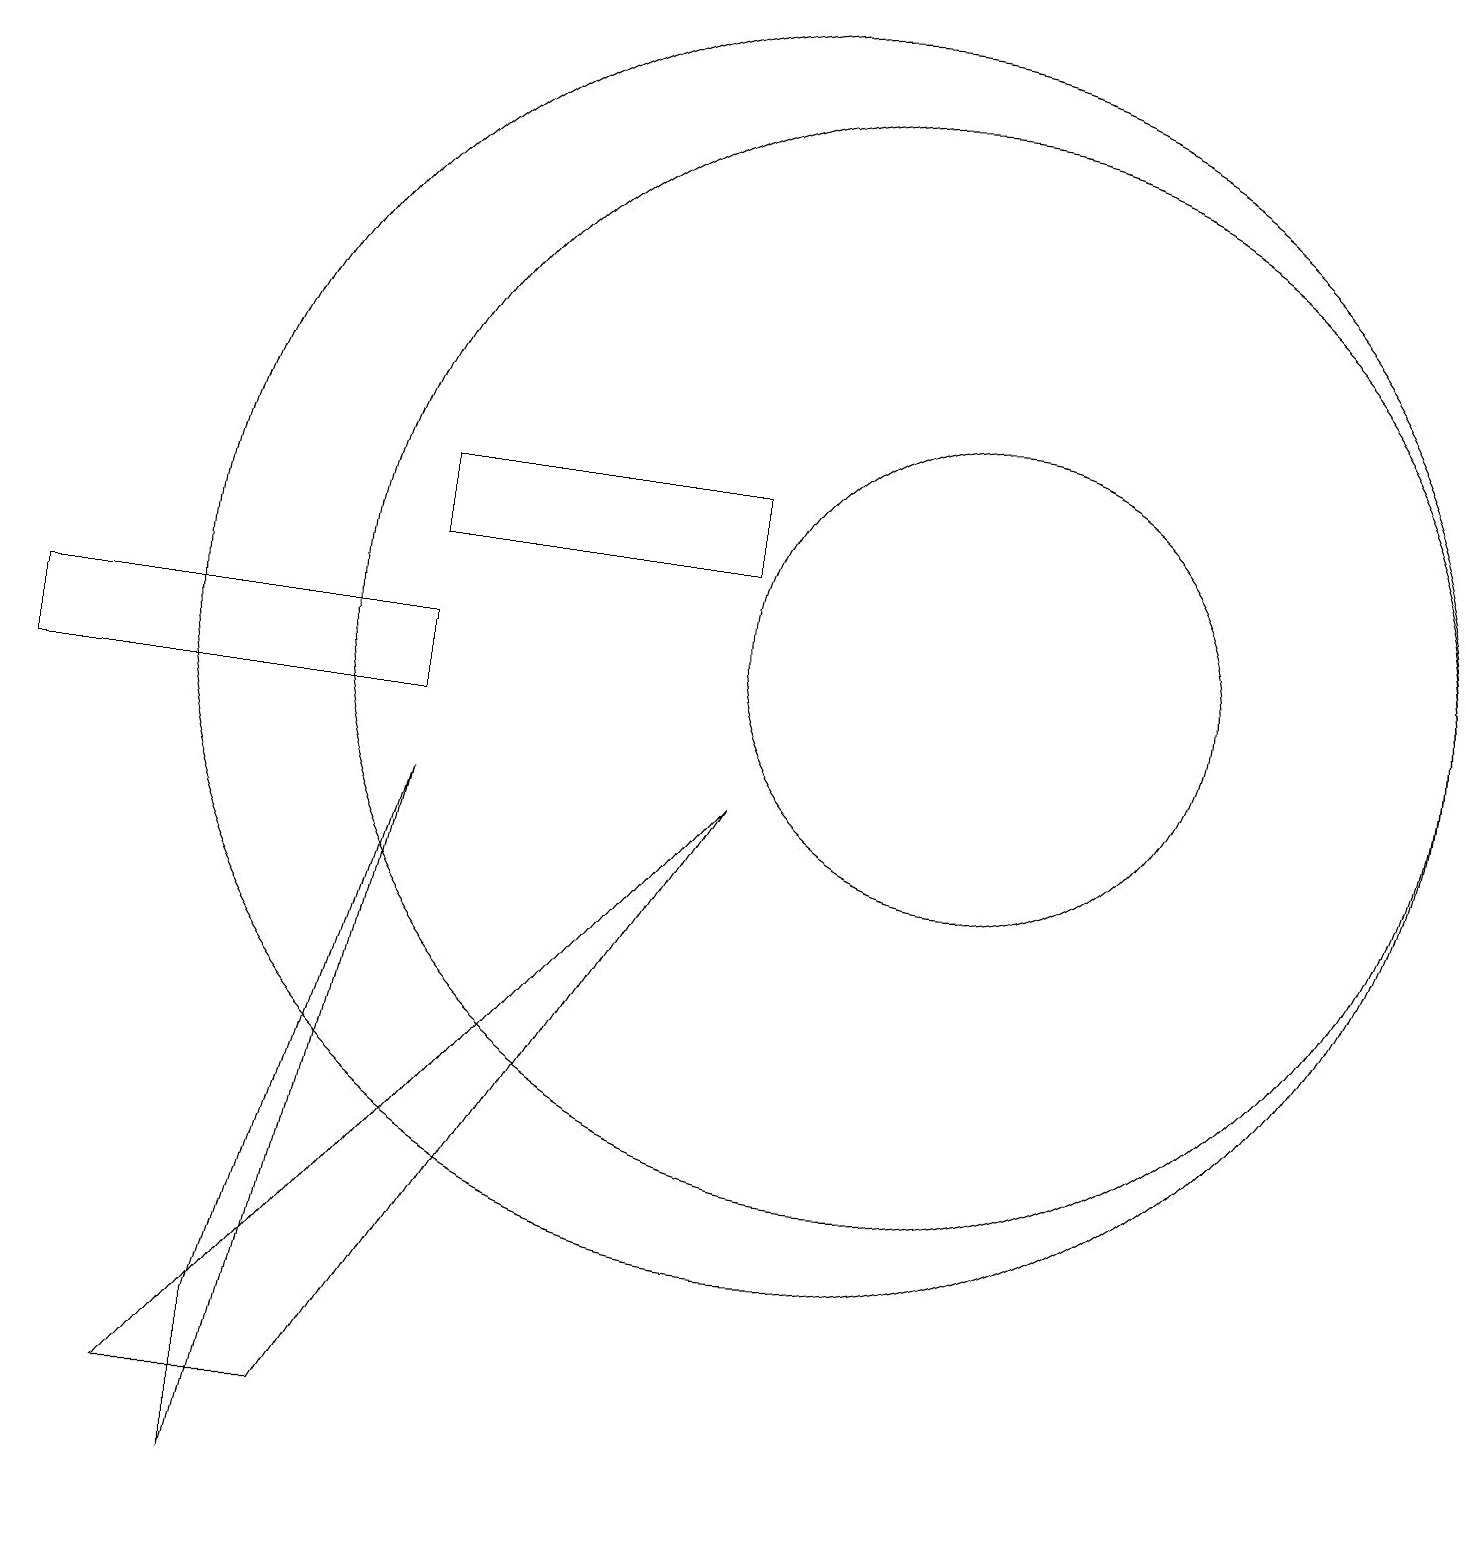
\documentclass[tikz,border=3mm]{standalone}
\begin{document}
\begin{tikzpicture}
\draw (12,11) circle (3);
\draw (5,9) -- (3,2) -- (3,0) -- cycle;
\draw (11,11) circle (7);
\draw (0,11) rectangle (5,10);
\draw (9,12) rectangle (5,13);
\draw (9,9) -- (2,1) -- (4,1) -- cycle;
\draw (10,11) circle (8);
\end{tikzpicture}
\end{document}